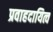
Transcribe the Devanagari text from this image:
प्रवाहदायित्व